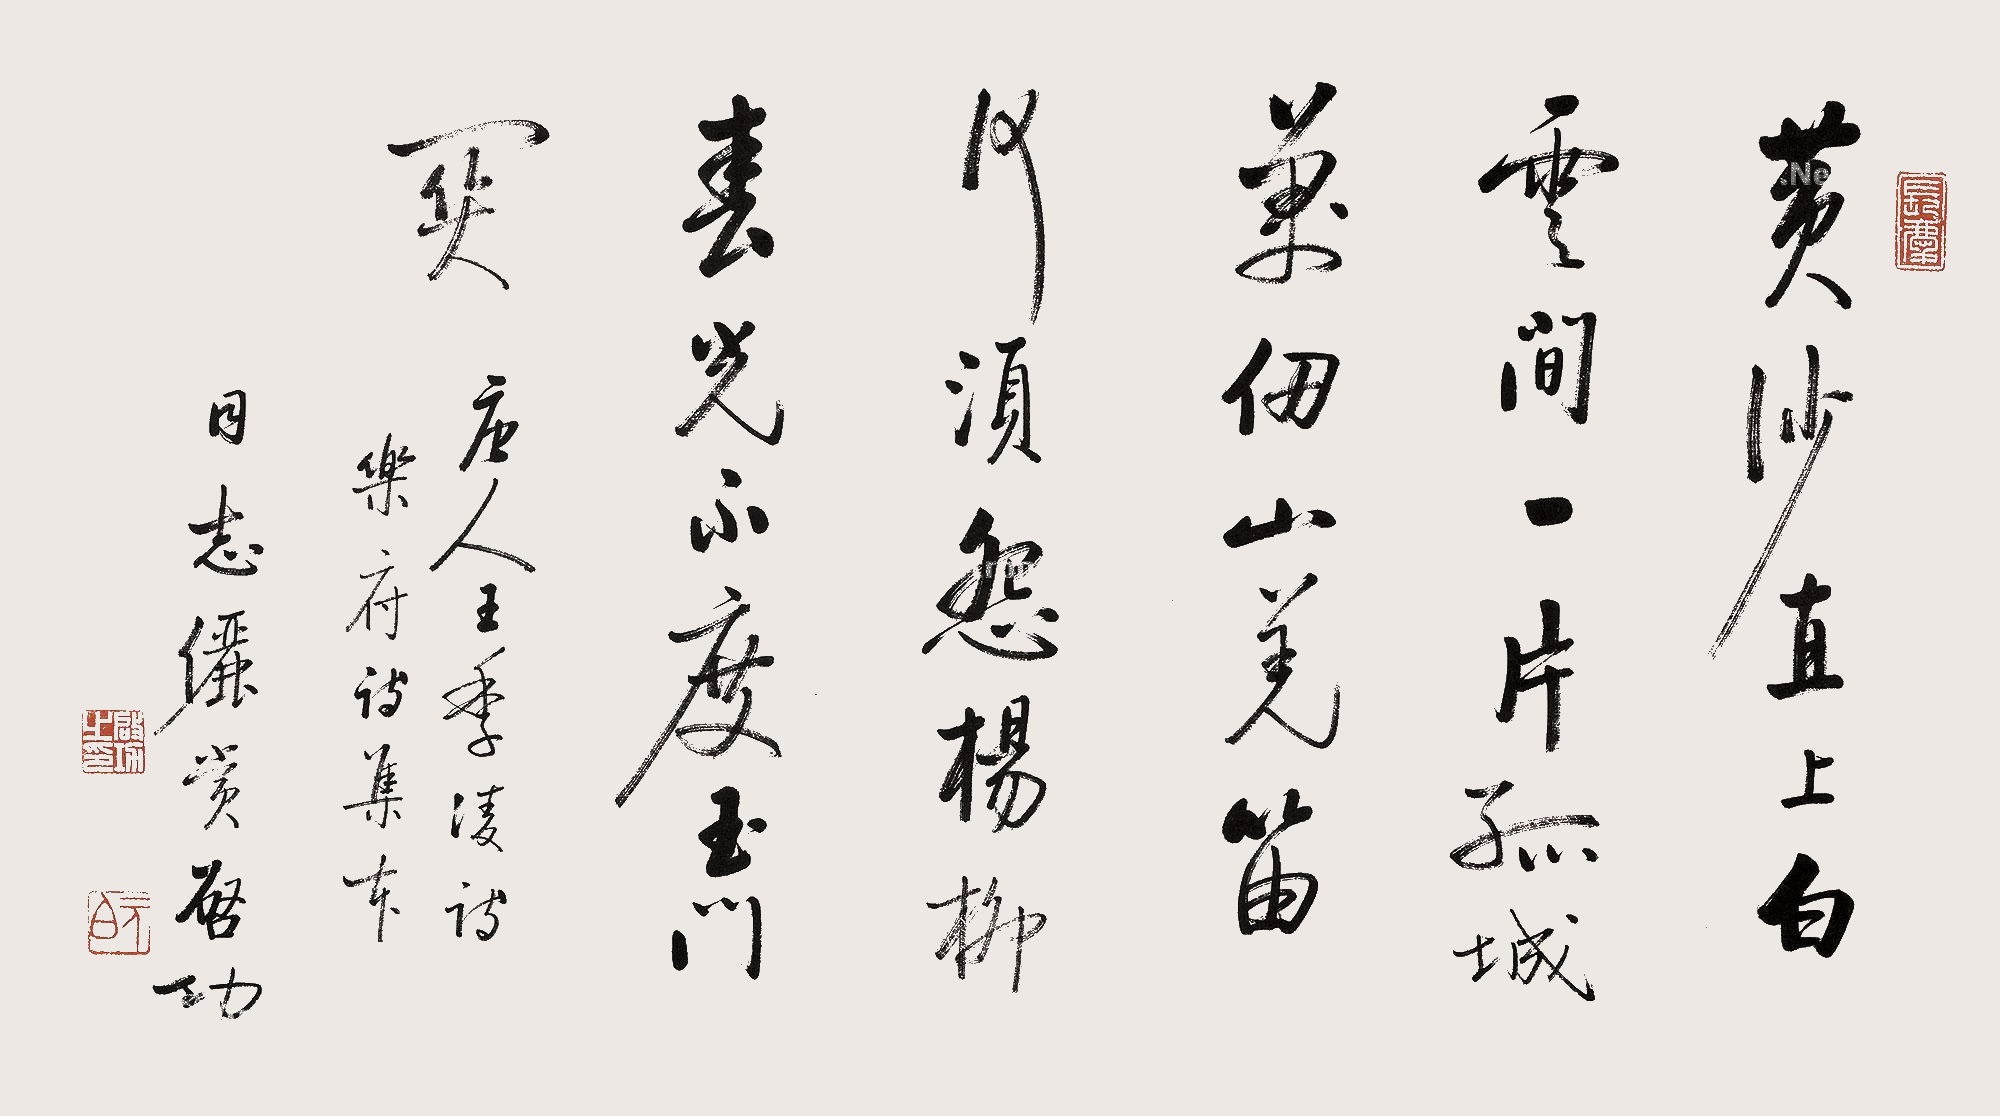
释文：黄河远上白云间，一片孤城万仞山。羌笛何须怨杨柳，春风不度玉门关。唐人王季陵诗乐府诗集本，同志俪赏，启功。